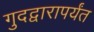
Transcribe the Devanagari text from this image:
गुदद्वारापर्यंत